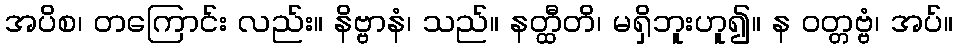
အပိစ၊ တကြောင်း လည်း။ နိဗ္ဗာနံ၊ သည်။ နတ္ထီတိ၊ မရှိဘူးဟူ၍။ န ဝတ္တဗ္ဗံ၊ အပ်။